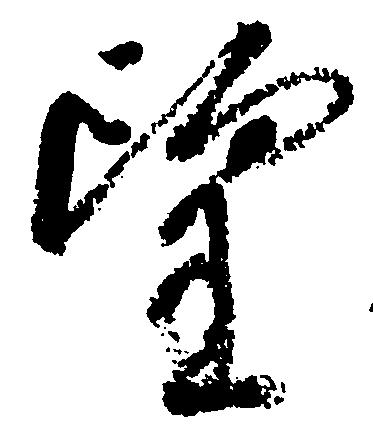
望